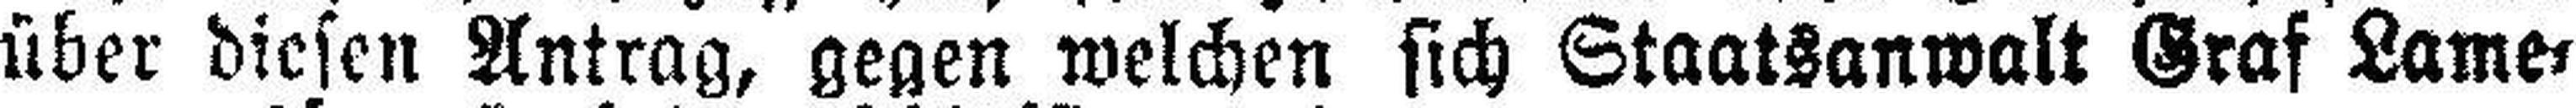
über diesen Antrag, gegen welchen sich Staatsanwalt Graf Lame¬